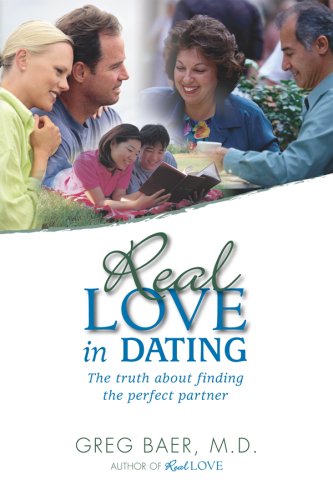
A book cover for Real Love in Dating - The Truth about Finding the Perfect Partner; Greg Baer; Parenting & Relationships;